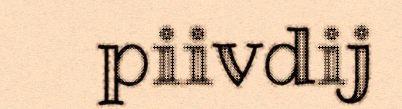
piivdij